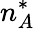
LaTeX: n_{A}^{*}